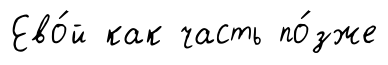
Ево́й как часть по́зже